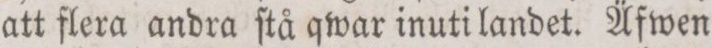
att flera andra ſtå qwar inuti landet. Äfwen